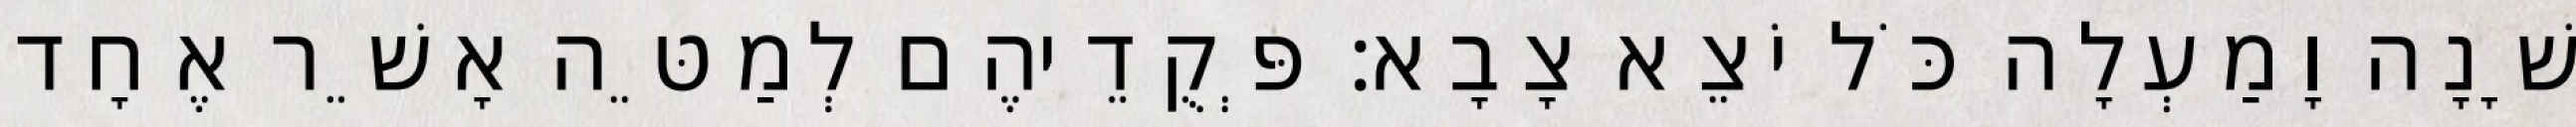
שָׁנָה וָמַעְלָה כֹּל יֹצֵא צָבָא׃ פְּקֻדֵיהֶם לְמַטֵּה אָשֵׁר אֶחָד